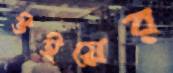
উইয়ের